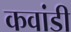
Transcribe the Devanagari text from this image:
कवांडी